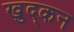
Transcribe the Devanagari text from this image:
खुद्कन